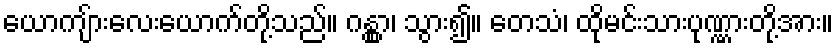
ယောကျ်ားလေးယောက်တို့သည်။ ဂန္တွာ၊ သွား၍။ တေသံ၊ ထိုမင်းသားပုဏ္ဏားတို့အား။